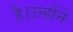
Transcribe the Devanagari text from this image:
है।उन्होंने